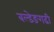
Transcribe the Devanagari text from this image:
बल्डेङगढी